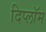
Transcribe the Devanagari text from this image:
दिप्लॉम